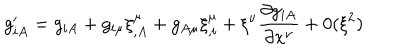
LaTeX: g _ { i A } ^ { \prime } = g _ { i A } + g _ { i \mu } \xi _ { , A } ^ { \mu } + g _ { A \mu } \xi _ { , i } ^ { \mu } + \xi ^ { \nu } \frac { \partial g _ { i A } } { \partial x ^ { \nu } } + 0 ( \xi ^ { 2 } )